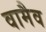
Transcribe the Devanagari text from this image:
वामैव